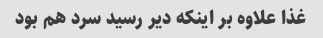
غذا علاوه بر اینکه دیر رسید سرد هم بود